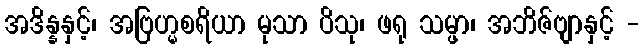
အဒိန္နနှင့်၊ အဗြဟ္မစရိယာ မုသာ ပိသု၊ ဖရု သမ္ဖာ၊ အဘိဇ်ဗျာနှင့် -